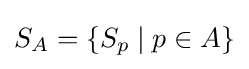
S_{A}=\{S_{p}\mid p\in A\}